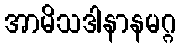
အာမိသဒါနာနမဂ္ဂ